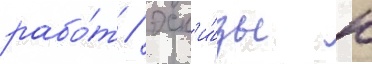
рабо́т / эск'и́зы к